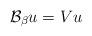
LaTeX: \begin{align*} \mathcal{B}_\beta u= Vu \end{align*}